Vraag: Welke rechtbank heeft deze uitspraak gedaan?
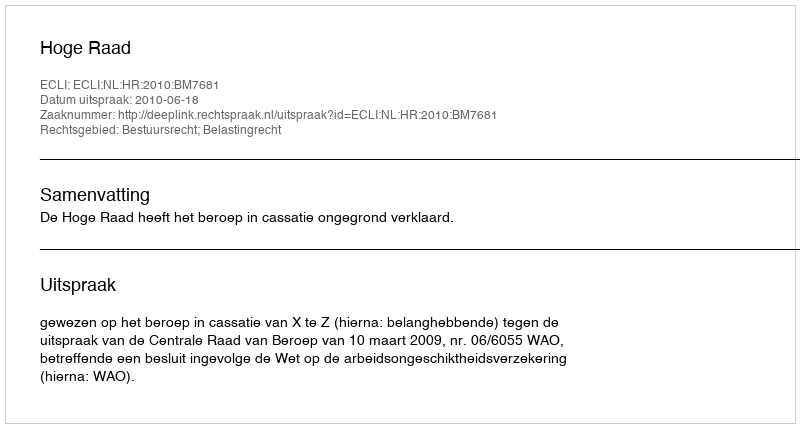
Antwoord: Hoge Raad